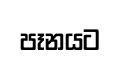
පෑනයට